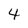
Character: 4